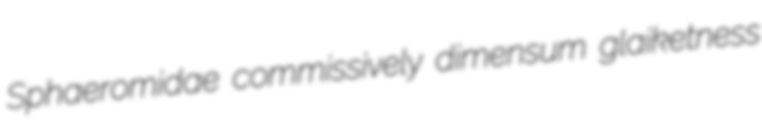
Sphaeromidae commissively dimensum glaiketness